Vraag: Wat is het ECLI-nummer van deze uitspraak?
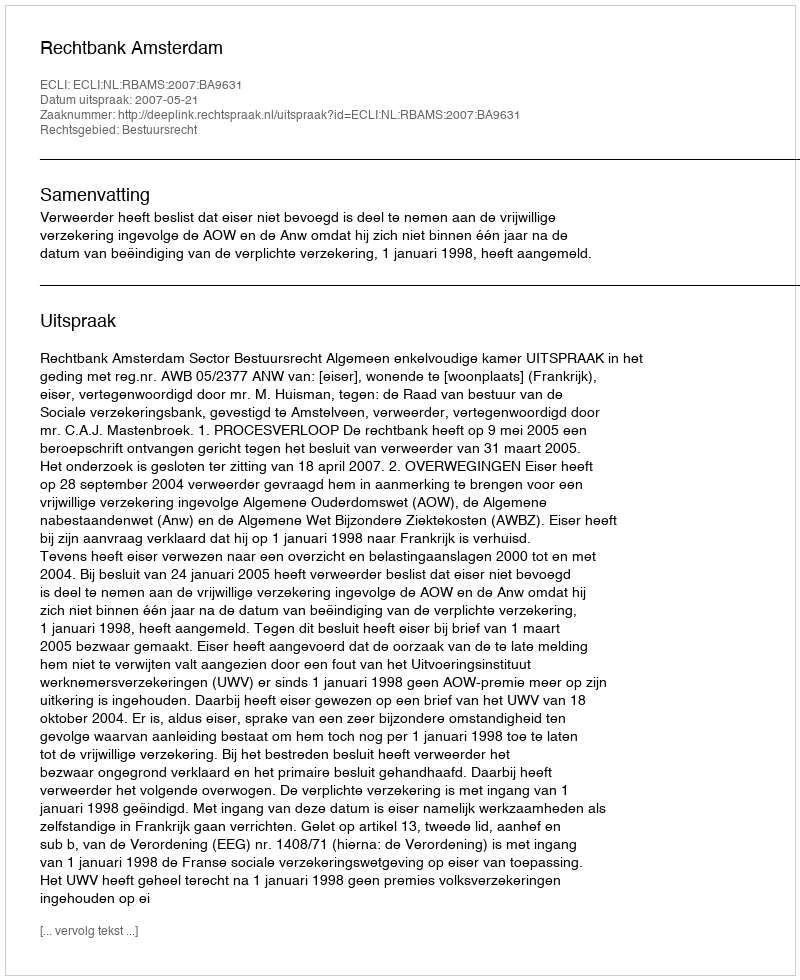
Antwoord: ECLI:NL:RBAMS:2007:BA9631